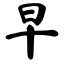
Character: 早